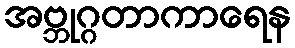
အဗ္ဘုဂ္ဂတာကာရေန